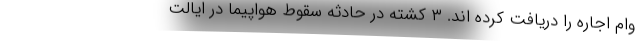
وام اجاره را دریافت کرده اند. ۳ کشته در حادثه سقوط هواپیما در ایالت